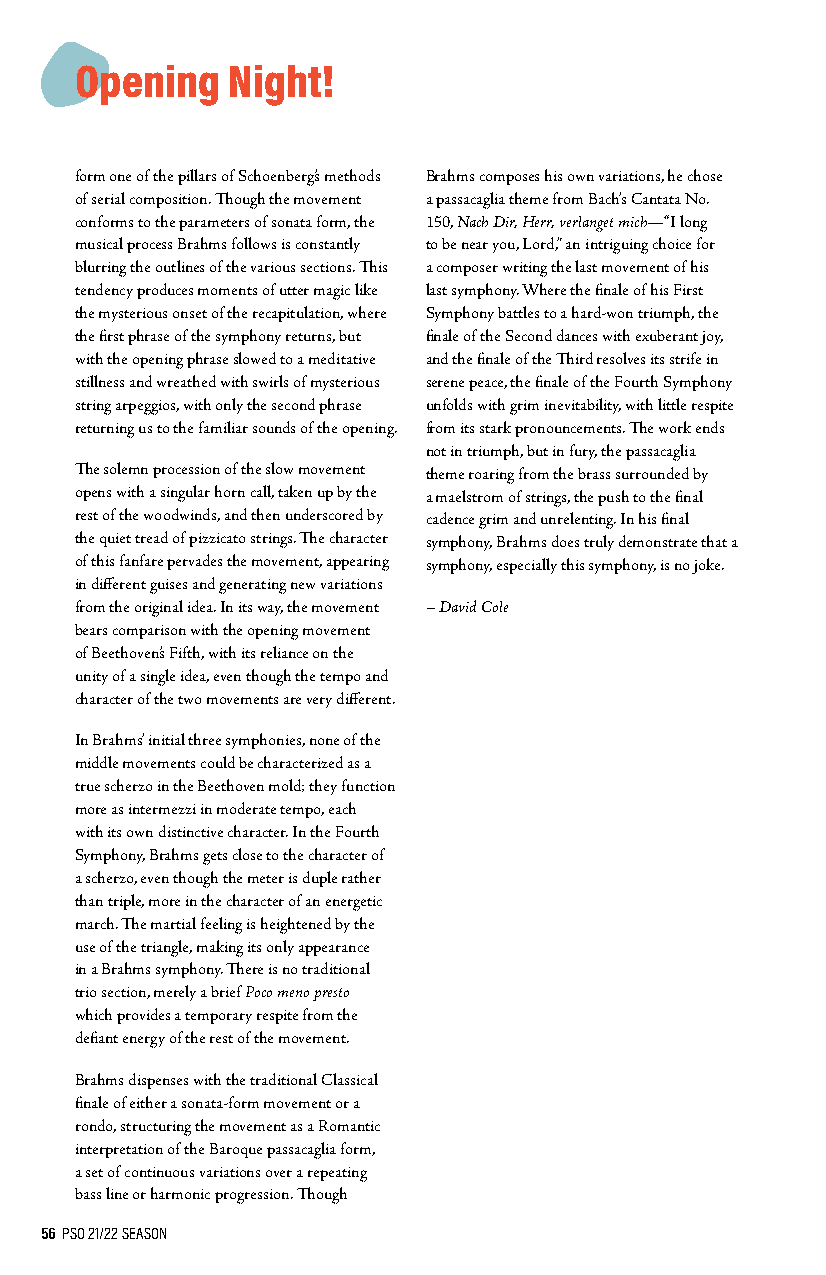
Opening   Night!
 form one of the pillars of Schoenberg’s methods Brahms composes his own variations, he chose
 of serial composition. Though the movement a passacaglia theme from Bach’s Cantata No.
 conforms to the parameters of sonata form, the 150, Nach Dir, Herr, verlanget mich—“I long
 musical process Brahms follows is constantly to be near you, Lord,” an intriguing choice for
 blurring the outlines of the various sections. This a composer writing the last movement of his
 tendency produces moments of utter magic like last symphony. Where the finale of his First
 the mysterious onset of the recapitulation, where Symphony battles to a hard-won triumph, the
 the first phrase of the symphony returns, but finale of the Second dances with exuberant joy,
 with the opening phrase slowed to a meditative and the finale of the Third resolves its strife in
 stillness and wreathed with swirls of mysterious serene peace, the finale of the Fourth Symphony
 string arpeggios, with only the second phrase unfolds with grim inevitability, with little respite
 returning us to the familiar sounds of the opening. from its stark pronouncements. The work ends
 not in triumph, but in fury, the passacaglia
 The solemn procession of the slow movement theme roaring from the brass surrounded by
 opens with a singular horn call, taken up by the a maelstrom of strings, the push to the final
 rest of the woodwinds, and then underscored by cadence grim and unrelenting. In his final
 the quiet tread of pizzicato strings. The character symphony, Brahms does truly demonstrate that a
 of this fanfare pervades the movement, appearing symphony, especially this symphony, is no joke.
 in different guises and generating new variations
 from the original idea. In its way, the movement – David Cole
 bears comparison with the opening movement
 of Beethoven’s Fifth, with its reliance on the
 unity of a single idea, even though the tempo and
 character of the two movements are very different.
 In Brahms’ initial three symphonies, none of the
 middle movements could be characterized as a
 true scherzo in the Beethoven mold; they function
 more as intermezzi in moderate tempo, each
 with its own distinctive character. In the Fourth
 Symphony, Brahms gets close to the character of
 a scherzo, even though the meter is duple rather
 than triple, more in the character of an energetic
 march. The martial feeling is heightened by the
 use of the triangle, making its only appearance
 in a Brahms symphony. There is no traditional
 trio section, merely a brief Poco meno presto
 which provides a temporary respite from the
 defiant energy of the rest of the movement.
 Brahms dispenses with the traditional Classical
 finale of either a sonata-form movement or a
 rondo, structuring the movement as a Romantic
 interpretation of the Baroque passacaglia form,
 a set of continuous variations over a repeating
 bass line or harmonic progression. Though
 56 PSO 21/22 SEASON